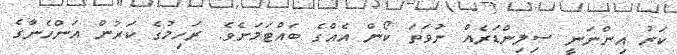
ކަރު އިންނަނީ ސިލިންޑަރެއް ނުވަތަ ކޯން އެއްގެ ބައްޓަމަށެވެ. ރަހިމުގެ ކަރުން އަންހެނާގެ